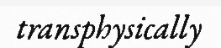
transphysically